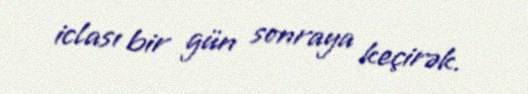
iclası bir gün sonraya keçirək.